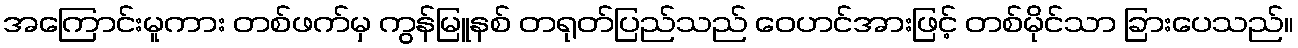
အကြောင်းမူကား တစ်ဖက်မှ ကွန်မြူနစ် တရုတ်ပြည်သည် ဝေဟင်အားဖြင့် တစ်မိုင်သာ ခြားပေသည်။